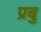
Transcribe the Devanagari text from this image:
प्रबु